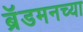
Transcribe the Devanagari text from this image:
ब्रॅडमनच्या